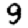
Digit: 9